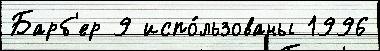
Барб'ер 9 испо́льзованы 1996